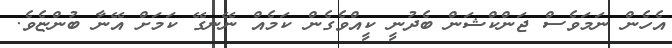
އެހެން ނަމަވެސް ޖަންކްޝަން ބެދުނީ ކީއްވެގެން ކަމެއް ނޭނގޭ ކަމަށް އޭނާ ބުންޏެވެ.